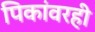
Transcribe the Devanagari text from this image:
पिकांवरही